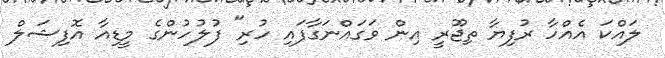
ލައްކަ އެއްހާ ރުފިޔާ ތިޖޫރީ އިން ވަގައްނަގާފައި ހުރި" ފުލުހުންގެ މީޑިއާ އޮފިޝަލް